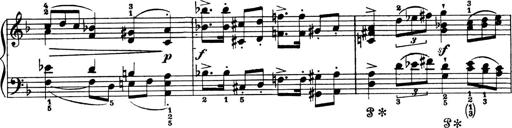
Title: 4 Sonatines
Composer: Max Reger